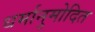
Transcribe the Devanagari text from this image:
धर्मानुमोदित